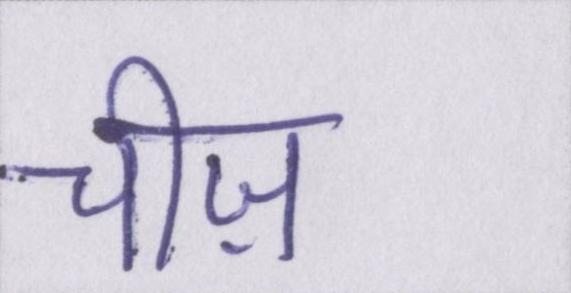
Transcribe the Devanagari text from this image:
चीज़